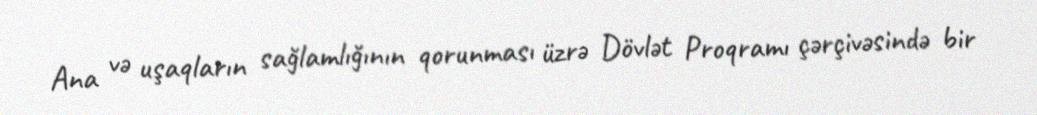
Ana və uşaqların sağlamlığının qorunması üzrə Dövlət Proqramı çərçivəsində bir